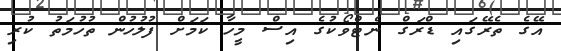
އޭގެ ތެރޭގައި ޑްރަގް ނެޓްވޯކުގެ އިސް މީހާ ކަމަށް ފުލުހުން ތުހުމަތު ކުރި